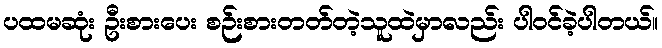
ပထမဆုံး ဦးစားပေး စဉ်းစားတတ်တဲ့သူထဲမှာလည်း ပါဝင်ခဲ့ပါတယ်။